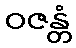
ဝဇန္တံ